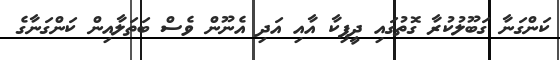
ކަންގަނާ ގަބޫލުކުރާ ގޮތުގައި ދީޕިކާ އާއި އަދި އެނޫން ވެސް ބަތަލާއިން ކަންގަނާގެ